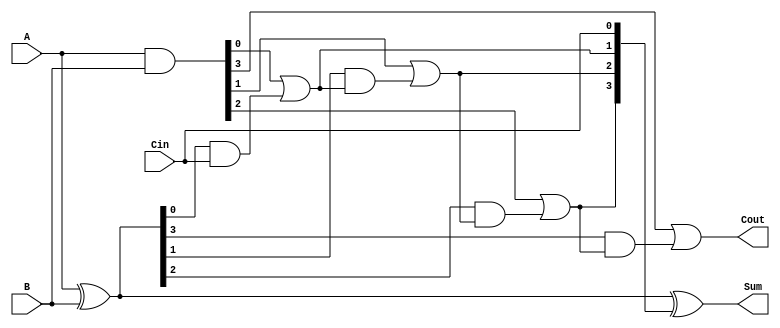
module CarryInLookaheadAdder #(
    parameter n = 4  // Number of bits
)(
    input  [n-1:0] A,     // First operand
    input  [n-1:0] B,     // Second operand
    input  Cin,           // Carry input
    output [n-1:0] Sum,   // Sum output
    output Cout           // Carry output
);

    // Internal signals for Generate and Propagate
    wire [n-1:0] G;       // Generate signals
    wire [n-1:0] P;       // Propagate signals
    wire [n:0] C;         // Carry signals

    // Generate and Propagate Calculations
    assign G = A & B;                    // G[i] = A[i] & B[i]
    assign P = A ^ B;                    // P[i] = A[i] ^ B[i]
    
    assign C[0] = Cin;                   // C[0] = Cin

    // Carry Calculation using Lookahead Logic
    genvar i;
    generate
        for (i = 0; i < n; i = i + 1) begin : carry_logic
            if (i == 0) begin
                assign C[i + 1] = G[i] | (P[i] & C[i]); // C[1] = G[0] + (P[0] * C[0])
            end else begin
                assign C[i + 1] = G[i] | (P[i] & C[i]); // C[i+1] = G[i] + (P[i] * C[i])
            end
        end
    endgenerate

    // Sum Calculation
    assign Sum = P ^ C[n-1:0]; // Sum[i] = P[i] ^ C[i]

    // Carry Out
    assign Cout = C[n]; // Cout = C[n]

endmodule